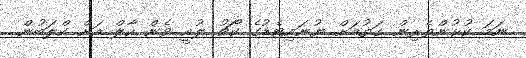
ނަމަ ކުޅުންތެރިން ގަތުމަށް ޔުނައިޓެޑުގެ ކޯޗު ލުއީ ވެން ހާލް އަށް ކްލަބުން